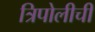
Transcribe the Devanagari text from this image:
त्रिपोलीची